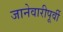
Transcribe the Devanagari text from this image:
जानेवारीपूर्वी